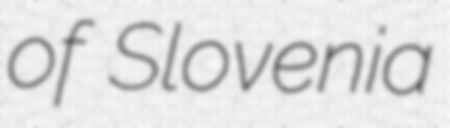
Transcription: of Slovenia